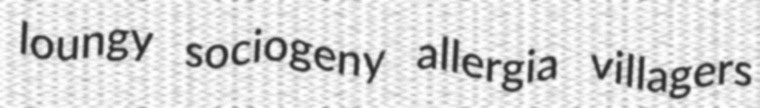
loungy sociogeny allergia villagers